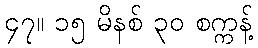
၄၇။ ၁၅ မိနစ် ၃၀ စက္ကန့်